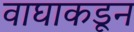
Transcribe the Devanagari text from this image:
वाघाकडून